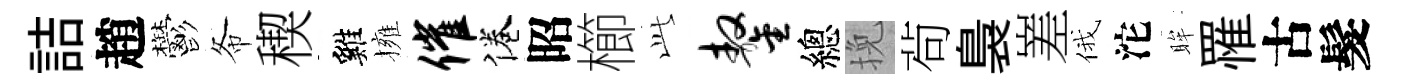
詰趙鬱𢁙稧雞擁催倦昭櫛𬼘鏊總挽茍裊嵳俄沱眸罹古髮